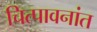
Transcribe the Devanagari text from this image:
चित्पावनांत